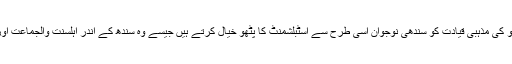
جبکہ شیعہ اور صوفی سنی کمیونٹی کی دائیں بازو کی مذہبی قیادت کو سندھی نوجوان اسی طرح سے اسٹبلشمنٹ کا پٹھو خیال کرتے ہیں جیسے وہ سندھ کے اندر اہلسنت والجماعت اور جماعت دعوۃ کے بارے میں خیال رکھتی ہے ۔